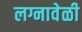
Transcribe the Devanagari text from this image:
लग्नावेळी